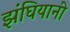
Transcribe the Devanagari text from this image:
झंघियानी